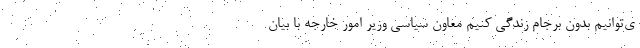
ی‌توانیم بدون برجام زندگی کنیم معاون سیاسی وزیر امور خارجه با بیان